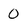
Character: 0